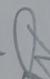
Signature authenticity: forged